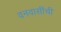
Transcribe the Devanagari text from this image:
वनवासींची